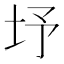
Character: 㘧